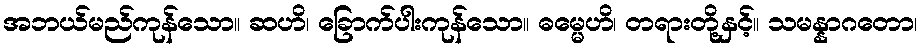
အဘယ်မည်ကုန်သော။ ဆဟိ၊ ခြောက်ပါးကုန်သော။ ဓမ္မေဟိ၊ တရားတို့နှင့်။ သမန္နာဂတော၊